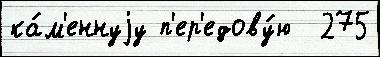
ка́м'еннуjу п'ер'едову́ю  275